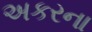
અકરના